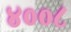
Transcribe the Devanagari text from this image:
४००८